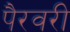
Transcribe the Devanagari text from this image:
पैरवरी